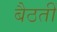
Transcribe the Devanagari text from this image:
बैठतीं